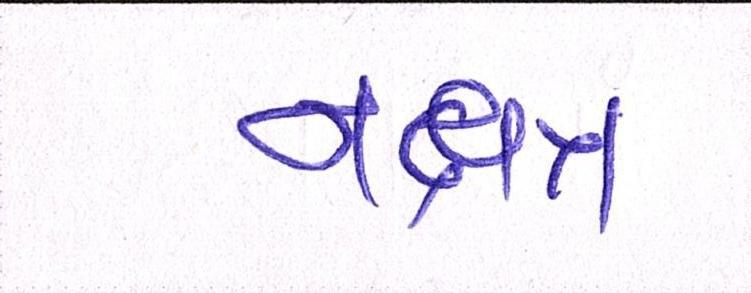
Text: નક્ષત્ર